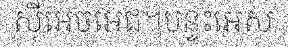
ស៊ីអេចអេជ។បន្ទះអេស